Indian journal of veterinary science and animal husbandry - Volume 4,
Year: 1934
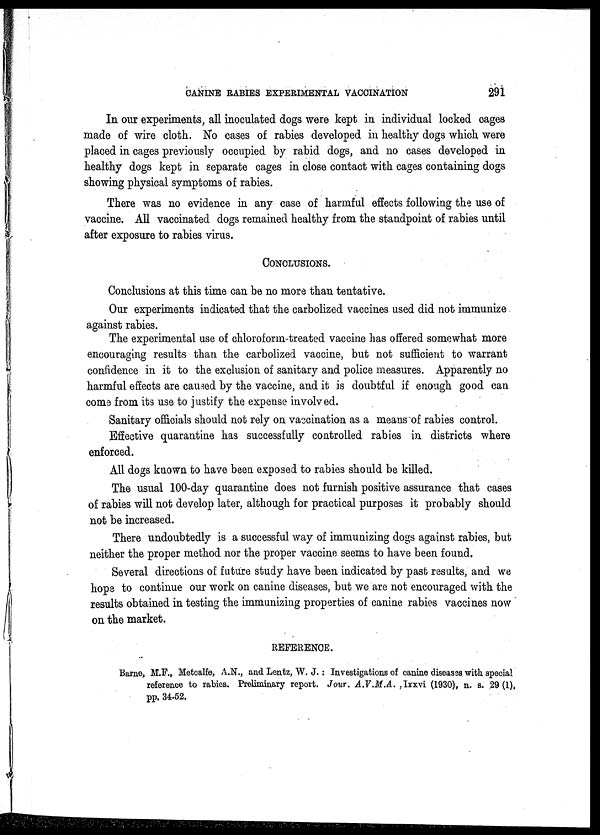
CANINE RABIES EXPERIMENTAL VACCINATION
291
In our experiments, all inoculated dogs were kept in individual locked cages
made of wire cloth. No cases of rabies developed in healthy dogs which were
placed in cages previously occupied by rabid dogs, and no cases developed in
healthy dogs kept in separate cages in close contact with cages containing dogs
showing physical symptoms of rabies.
There was no evidence in any case of harmful effects following the use of
vaccine. All vaccinated dogs remained healthy from the standpoint of rabies until
after exposure to rabies virus.
CONCLUSIONS.
Conclusions at this time can be no more than tentative.
Our experiments indicated that the carbolized vaccines used did not immunize
against rabies.
The experimental use of chloroform-treated vaccine has offered somewhat more
encouraging results than the carbolized vaccine, but not sufficient to warrant
confidence in it to the exclusion of sanitary and police measures. Apparently no
harmful effects are caused by the vaccine, and it is doubtful if enough good can
come from its use to justify the expense involved.
Sanitary officials should not rely on vaccination as a means of rabies control.
Effective quarantine has successfully controlled rabies in districts where
enforced.
All dogs known to have been exposed to rabies should be killed.
The usual 100-day quarantine does not furnish positive assurance that cases
of rabies will not develop later, although for practical purposes it probably should
not be increased.
There undoubtedly is a successful way of immunizing dogs against rabies, but
neither the proper method nor the proper vaccine seems to have been found.
Several directions of future study have been indicated by past results, and we
hope to continue our work on canine diseases, but we are not encouraged with, the
results obtained in testing the immunizing properties of canine rabies vaccines now
on the market.
REFERENCE.
Barne, M.F., Metcalfe, A.N., and Lentz, W. J. : Investigations of canine diseases with special
reference to rabies. Preliminary report. Jour. A.V.M.A. .Ixxvi (1930), n. s. 29(1),
pp. 34-52.